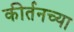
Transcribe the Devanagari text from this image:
कीर्तनच्या